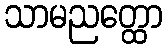
သာမညတ္ထော